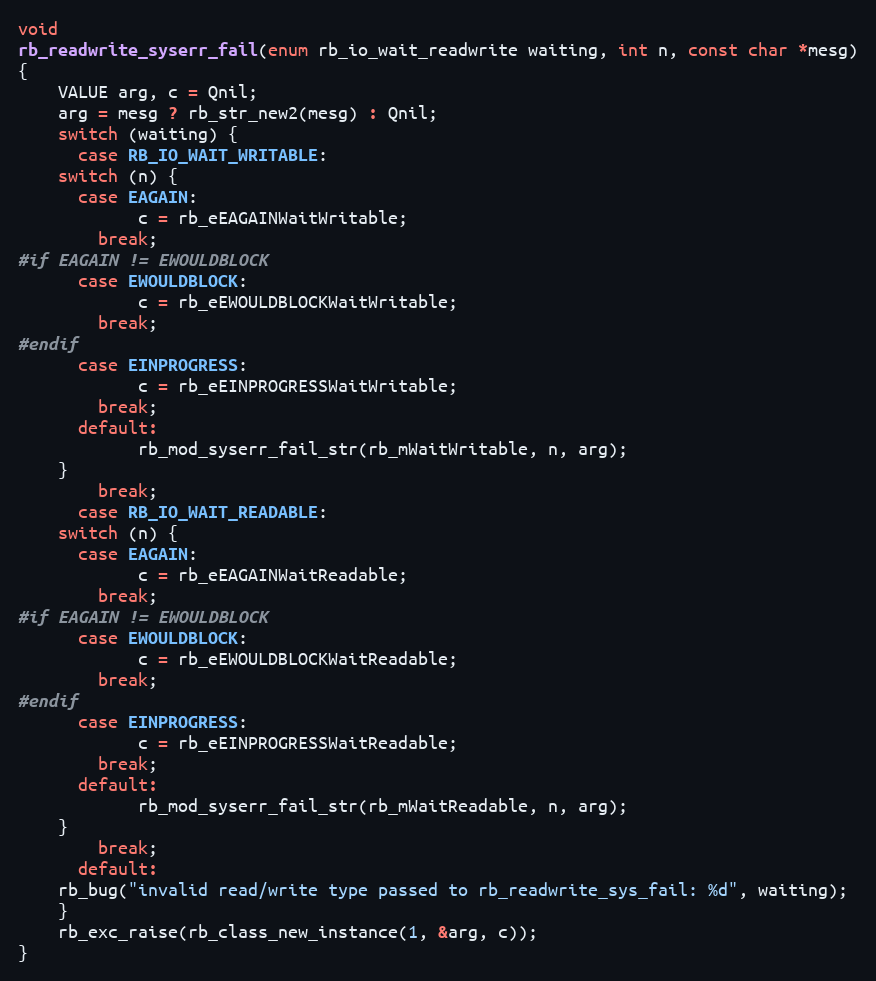
Language: C
void
rb_readwrite_syserr_fail(enum rb_io_wait_readwrite waiting, int n, const char *mesg)
{
    VALUE arg, c = Qnil;
    arg = mesg ? rb_str_new2(mesg) : Qnil;
    switch (waiting) {
      case RB_IO_WAIT_WRITABLE:
	switch (n) {
	  case EAGAIN:
            c = rb_eEAGAINWaitWritable;
	    break;
#if EAGAIN != EWOULDBLOCK
	  case EWOULDBLOCK:
            c = rb_eEWOULDBLOCKWaitWritable;
	    break;
#endif
	  case EINPROGRESS:
            c = rb_eEINPROGRESSWaitWritable;
	    break;
	  default:
            rb_mod_syserr_fail_str(rb_mWaitWritable, n, arg);
	}
        break;
      case RB_IO_WAIT_READABLE:
	switch (n) {
	  case EAGAIN:
            c = rb_eEAGAINWaitReadable;
	    break;
#if EAGAIN != EWOULDBLOCK
	  case EWOULDBLOCK:
            c = rb_eEWOULDBLOCKWaitReadable;
	    break;
#endif
	  case EINPROGRESS:
            c = rb_eEINPROGRESSWaitReadable;
	    break;
	  default:
            rb_mod_syserr_fail_str(rb_mWaitReadable, n, arg);
	}
        break;
      default:
	rb_bug("invalid read/write type passed to rb_readwrite_sys_fail: %d", waiting);
    }
    rb_exc_raise(rb_class_new_instance(1, &arg, c));
}